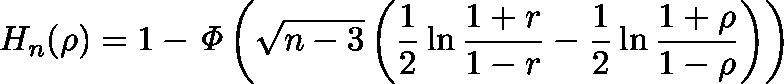
H _ { n } ( \rho ) = 1 - { \mathit { \Phi } } \left( { \sqrt { n - 3 } } \left( { \frac { 1 } { 2 } } \ln { \frac { 1 + r } { 1 - r } } - { \frac { 1 } { 2 } } \ln { \frac { 1 + \rho } { 1 - \rho } } \right) \right)